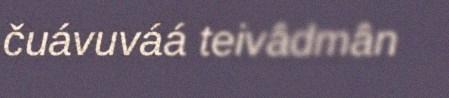
čuávuváá teivâdmân